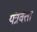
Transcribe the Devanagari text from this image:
यंत्रवेत्ता